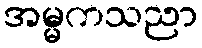
အမ္မကသညာ